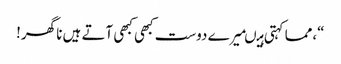
“،مما کہتی ہیںمیرے دوست کبھی کبھی آتے ہیں نا گھر!